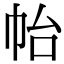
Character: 𭘚